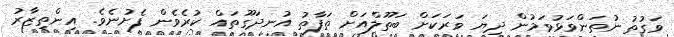
ވަގުތު ނުތަންވަޅުވަމުން ދިޔަ ވަރަކަށް ބަތޫލްއަށް ތަފާތު އުނދަގޫތައް ކުރެވެން ފެށުނެވެ. އިންތިޒާރު